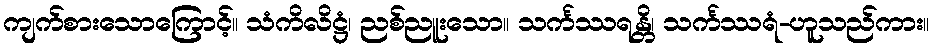
ကျက်စားသောကြောင့်။ သံကိလိဋ္ဌံ၊ ညစ်ညူးသော။ သင်္ကဿရန္တိ၊ သင်္ကဿရံ-ဟူသည်ကား။